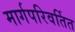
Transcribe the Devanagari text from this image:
मार्गपरिवर्तित